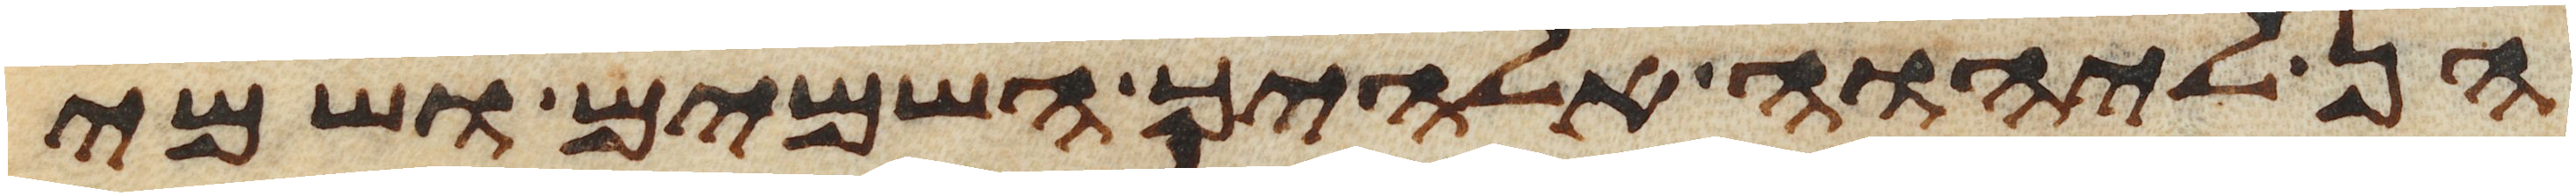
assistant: הן ליהוה אלהיך השמים ושמי